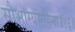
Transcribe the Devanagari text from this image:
सौभाग्यमहिमा॥१६॥